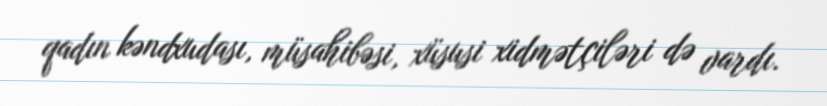
qadın kəndxudası, müsahibəsi, xüsusi xidmətçiləri də vardı.